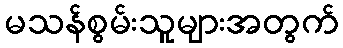
မသန်စွမ်းသူများအတွက်